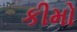
કીમો